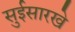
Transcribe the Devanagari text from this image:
सुईसारखे